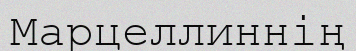
Марцеллиннің